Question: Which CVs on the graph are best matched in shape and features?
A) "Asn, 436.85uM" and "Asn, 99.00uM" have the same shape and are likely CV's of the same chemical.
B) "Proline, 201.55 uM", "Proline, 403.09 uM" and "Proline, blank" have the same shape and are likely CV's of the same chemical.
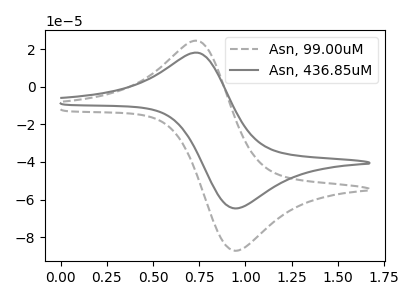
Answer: <think>The gray dashed curve "Asn, 99.00uM" has an anodic peak at (0.75V, 24.45uA) and a cathodic peak at (0.95V, -87.25uA). The gray curve "Asn, 436.85uM" has an anodic peak at (0.75V, 18.10uA) and a cathodic peak at (0.95V, -64.70uA).
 All the peaks in "Asn, 99.00uM" have a peak in "Asn, 436.85uM" at the same potential. Every peak in "Asn, 99.00uM" is higher than every peak in "Asn, 436.85uM".</think>
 <answer>A) "Asn, 436.85uM" and "Asn, 99.00uM" have the same shape and are likely CV's of the same chemical.</answer>
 <eval>A</eval>